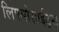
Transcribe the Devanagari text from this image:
लिफ्मोसाईट्स